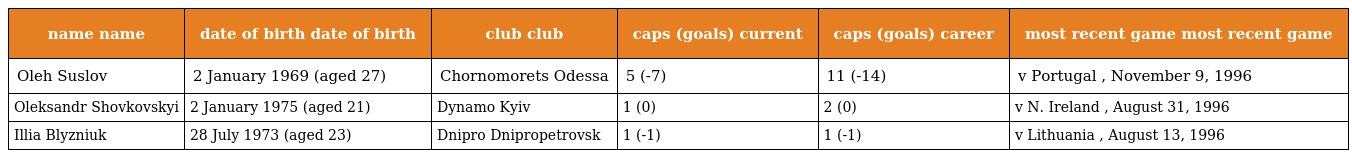
| name name | date of birth date of birth | club club | caps (goals) current | caps (goals) career | most recent game most recent game |
 | --- | --- | --- | --- | --- | --- |
 | Oleh Suslov | 2 January 1969 (aged 27) | Chornomorets Odessa | 5 (-7) | 11 (-14) | v Portugal , November 9, 1996 |
 | Oleksandr Shovkovskyi | 2 January 1975 (aged 21) | Dynamo Kyiv | 1 (0) | 2 (0) | v N. Ireland , August 31, 1996 |
 | Illia Blyzniuk | 28 July 1973 (aged 23) | Dnipro Dnipropetrovsk | 1 (-1) | 1 (-1) | v Lithuania , August 13, 1996 |